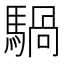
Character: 騧